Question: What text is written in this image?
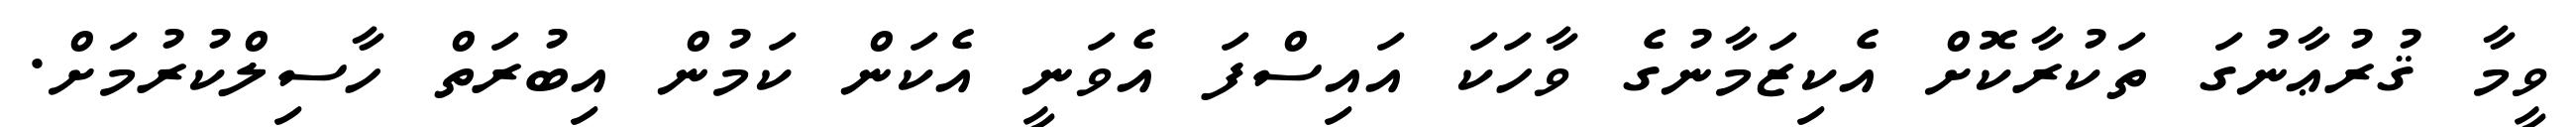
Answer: ވީމާ ޤުރުޢާނުގަ ތަކުރާކޮށް އެކިޒަމާނުގެ ވާހަކަ އައިސްފަ އެވަނީ އެކަން ކަމުން އިބުރަތް ހާސިލްކުރުމަށް.